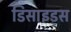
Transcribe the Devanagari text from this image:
डिसाइड्स